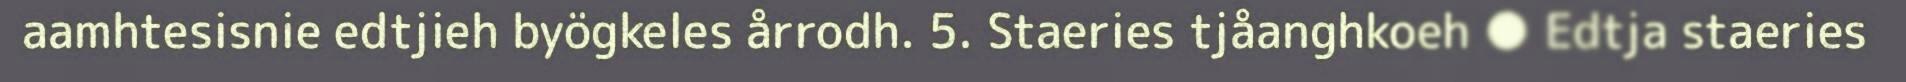
aamhtesisnie edtjieh byögkeles årrodh. 5. Staeries tjåanghkoeh ● Edtja staeries